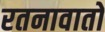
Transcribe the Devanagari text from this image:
रतनावातों